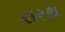
સરથ